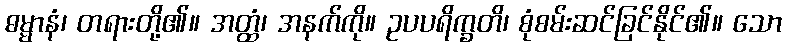
ဓမ္မာနံ၊ တရားတို့၏။ အတ္ထံ၊ အနက်ကို။ ဥပပရိက္ခတိ၊ စုံစမ်းဆင်ခြင်နိုင်၏။ သော